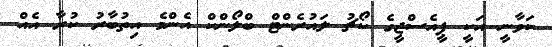
ކަވާނީ އަކީ ޕީއެސްޖީގެ ކޯޗު ލައުރެންޓް ބްލޯންކް އެންމެ އިތުބާރު ކުރާ އެއް